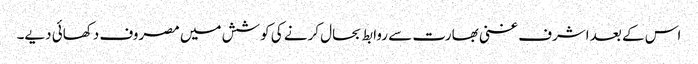
اس کے بعد اشرف غنی بھارت سے روابط بحال کرنے کی کوشش میں مصروف دکھائی دیے۔